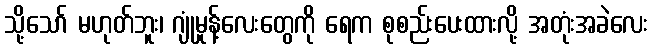
သို့သော် မဟုတ်ဘူး၊ ဂျုံမှုန့်လေးတွေကို ရေက စုစည်းပေးထားလို့ အတုံးအခဲလေး